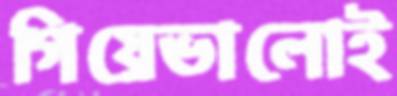
গিয়েভালোই